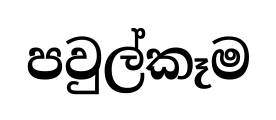
පවුල්කෑම